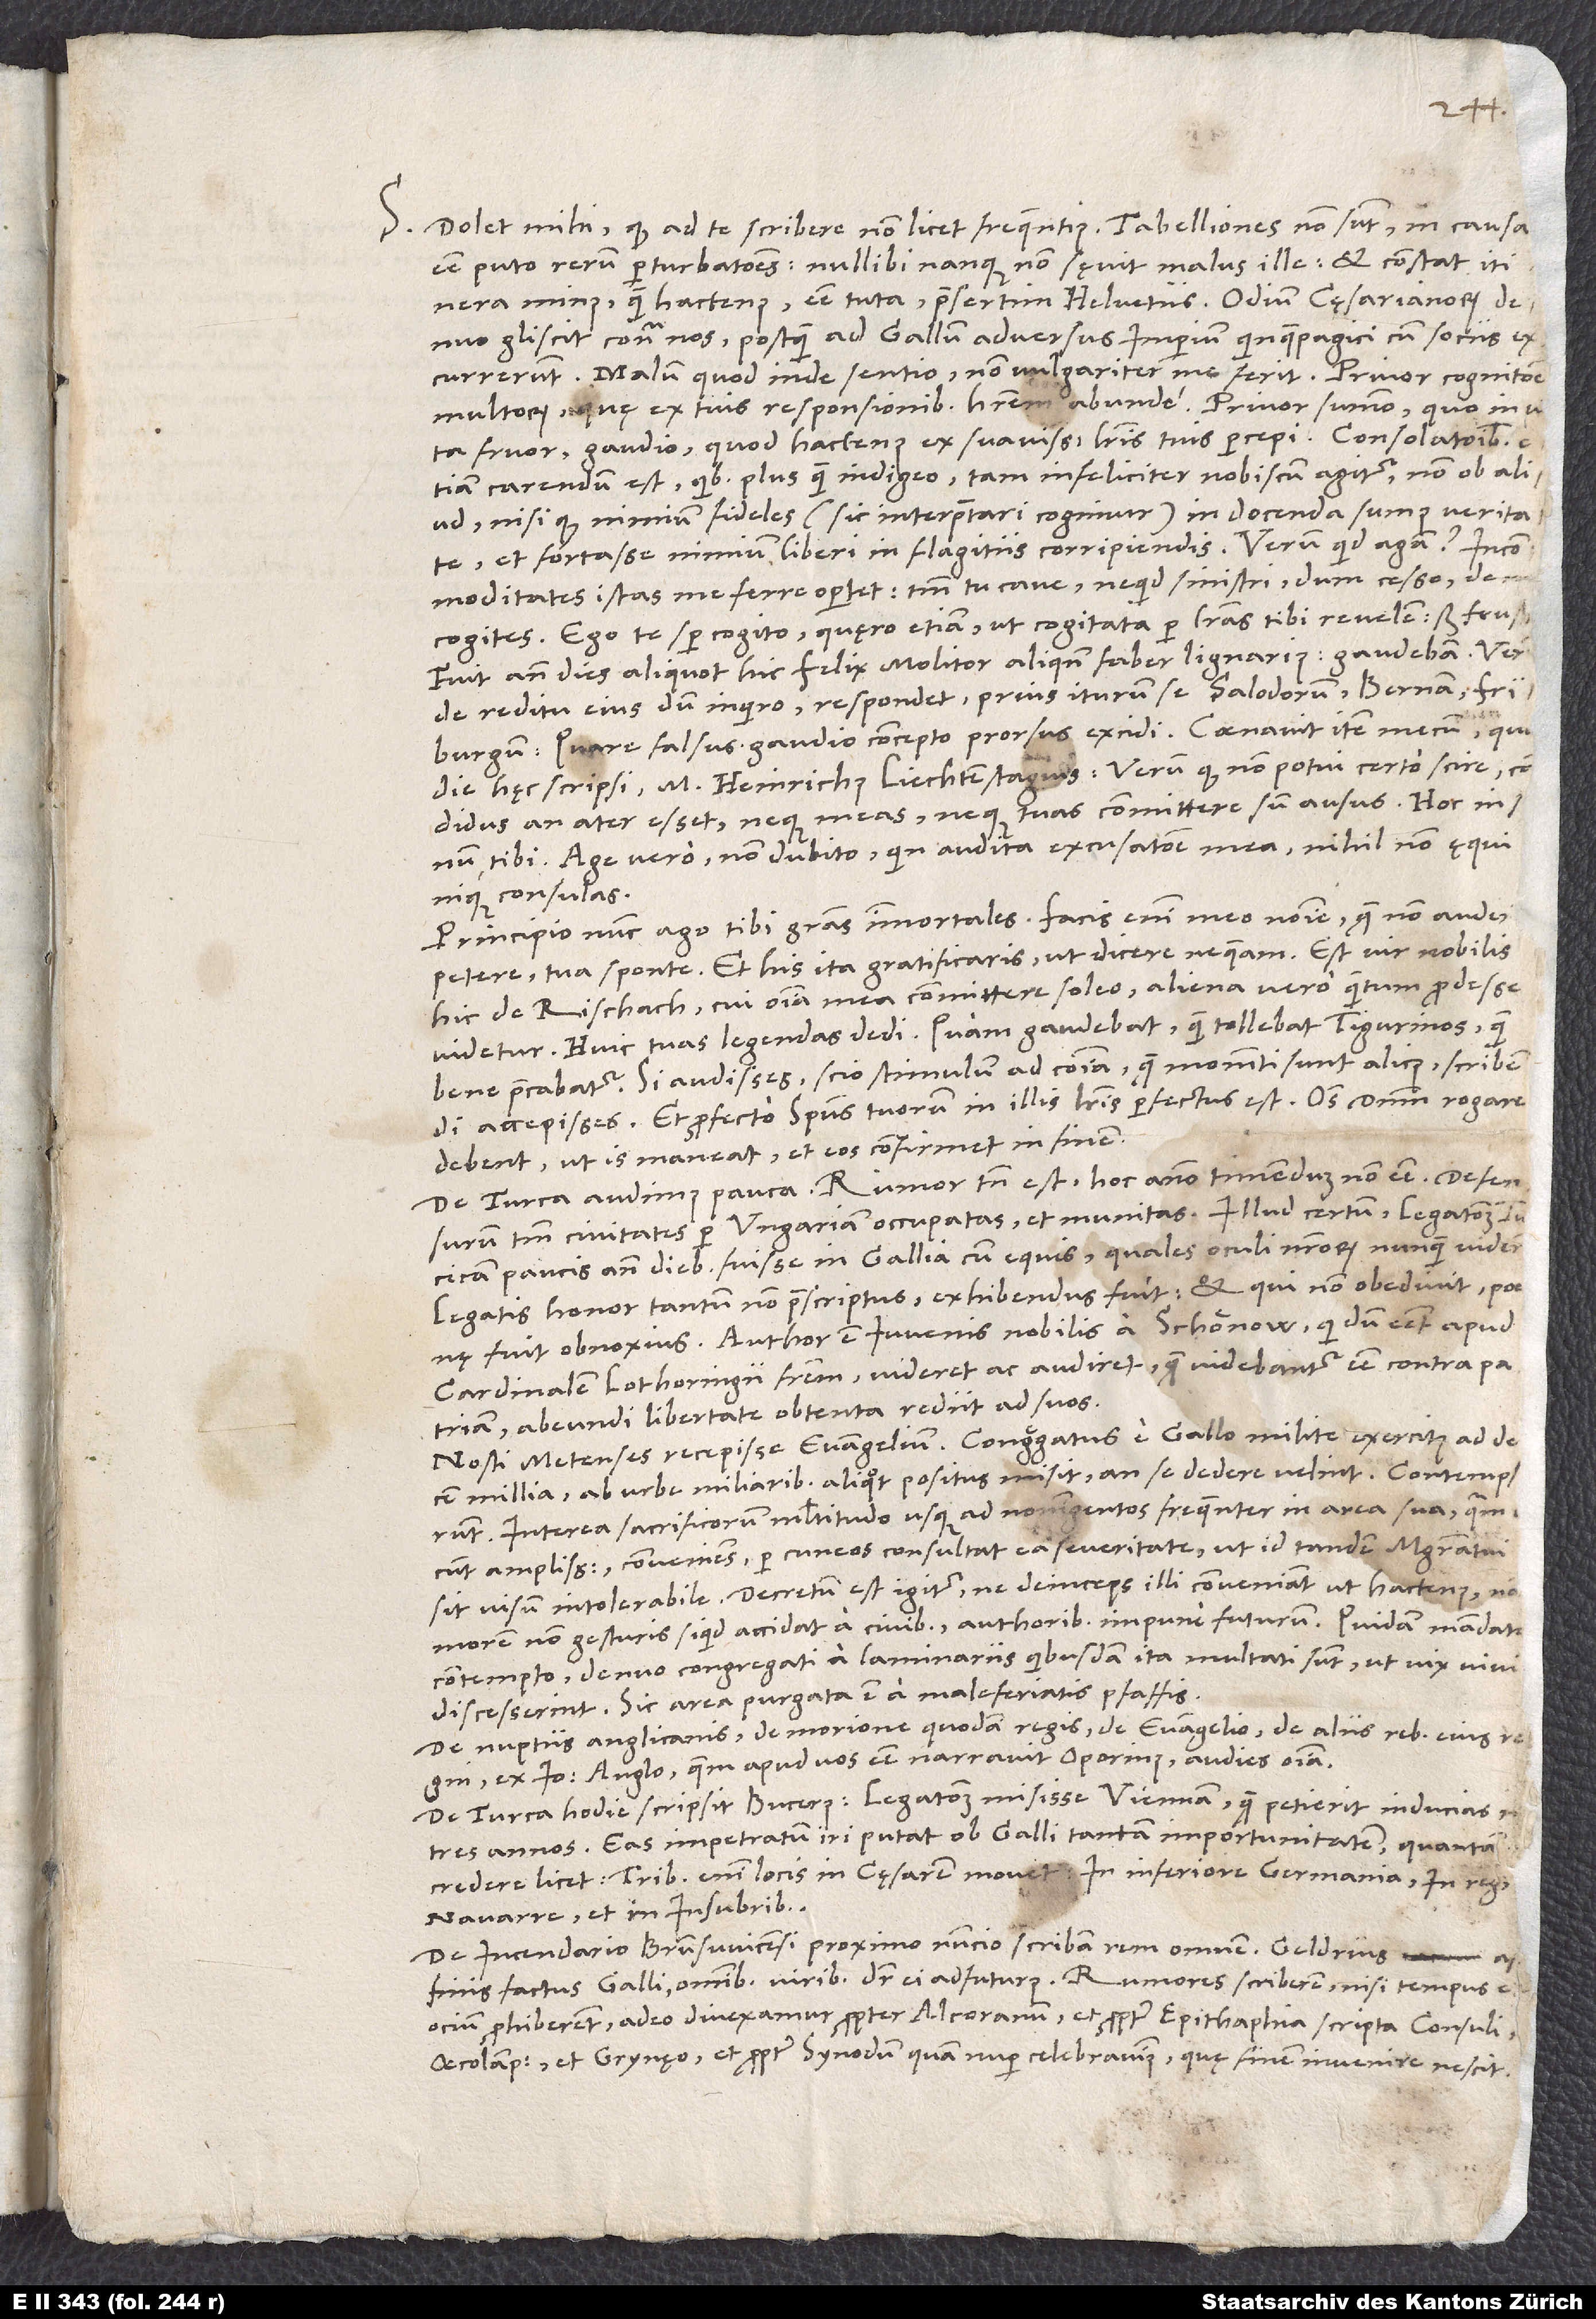
S. Dolet mihi, quod ad te scribere non licet frequentius. Tabelliones non sunt; in causa
esse puto rerum perturbationes. Nullibi nanque non sęvit malus ille, et constat itinera
minus quam hactenus esse tuta, praesertim Helvetiis. Odium cęsarianorum
denuo gliscit contra nos, postquam ad Gallum adversus imperium Quinquepagici cum sociis
excurrerunt. Malum, quod inde sentio, non vulgariter me ferit. Privor cognitione
multorum, quę ex tuis responsionibus haberem abunde. Privor summo, quo in vita
fruor, gaudio, quod hactenus ex suavissimis literis tuis percepi. Consolationibus etiam
carendum est, quibus plus quam indigeo, tam infeliciter nobiscum agitur, non ob aliud,
nisi quod nimium fideles (sic interpretari cogimur) in docenda sumus veritate
Incommoditates istas me ferre oportet; tantum tu cave, nequid sinistri, dum cesso, de me
cogites. Ego te semper cogito, quęro etiam, ut cogitata per literas tibi revelem, sed frustrnum
tibi. Age vero, non dubito, quin audita excusatione mea nihil non ęqui
consulas.
Principio nunc ago tibi gratias immortales; facis enim meo nomine, quę non auderem
petere, tua sponte et his ita gratificaris, ut dicere nequeam. Est vir nobilis
hic de Rischach, cui omnia mea committere soleo, aliena vero, quantum prodesse
videtur. Huic tuas legendas dedi. Quam gaudebat, quam tollebat Tigurinos, quam
bene precabatur! Si audisses, scio stimulum ad communia, quę momenti sunt alicuius, scribendi
accepisses. Et profecto spiritus tuorum in illis literis perfectus est. Omnes dominum rogare
debent, ut is maneat et eos confirmet in finem.
De Turca audimus pauca. Rumor tamen est hoc anno timendum non esse, defensurum
tantum civitates per Ungariam occupatas et munitas. Illud certum legationem Tu.
Legatis honor tantum non praescriptus exhibendus fuit, et qui non obedivit, poenę
cardinalem, Lothoringii fratrem, videret ac audiret, quę videbantur esse contra patriam,
abeundi libertate obtenta rediit ad suos.
Nosti Metenses recepisse evangelium. Congregatus e Gallo milite exercitus ad decem
millia ab urbe miliaribus aliquot positus misit, an se dedere velint. Contempserunt.
Interea sacrificorum multitudo usque ad noningentos frequenter in area sua, quam
dicunt amplissimam, conveniens, per cuneos consultat ea severitate, ut id tandem magistratui
sit visum intolerabile. Decretum est igitur, ne deinceps illi conveniant ut hactenus; nam
morem non gesturis siquid accidat a civibus, authoribus impune futurum. Quidam mandato
contempto denuo congregati a laminariis quibusdam ita multati sunt, ut vix vivi
discesserint. Sic area purgata est a maleferiatis pfaffis.
De nuptiis Anglicanis, de morione quodam regis, de evangelio, de aliis rebus eius regni
ex Ioanne Anglo, quem apud vos esse narravit Oporinus, audies omnia.
De Turca hodie scripsit Bucerus legationem misisse Viennam, quę petierit inducias
tres annos. Eas impetratum iri putat ob Galli tantam importunitatem, quantam
credere licet; tribus enim locis in cęsarem movet, in Inferiori Germania, in reg
affinis factus Gallo omnibus viribus dicitur ei adfuturus. Rumores scriberem, nisi tempus et
ocium prohiberent, adeo divexamur propter Alcoranum et propter epitaphia scripta consuli,
Oecolampadio et Grynęo et propter synodum, quam nuper celebravimus, quę finem invenire nescit.